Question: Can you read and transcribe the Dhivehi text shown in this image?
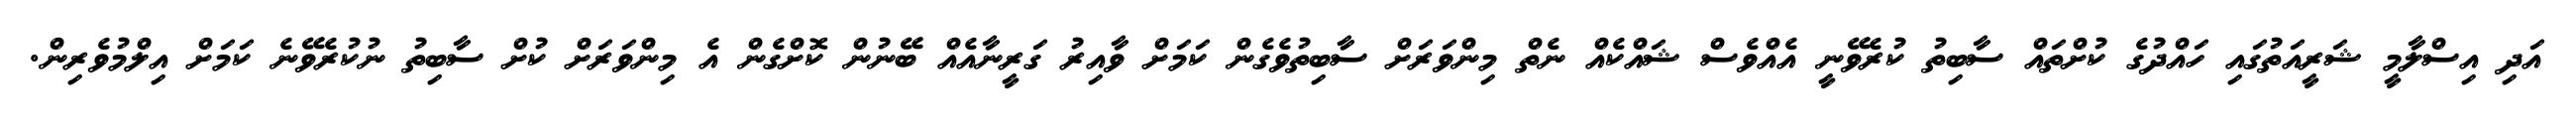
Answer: އަދި އިސްލާމީ ޝަރީއަތުގައި ހައްދުގެ ކުށްތައް ސާބިތު ކުރެވޭނީ އެއްވެސް ޝައްކެއް ނެތް މިންވަރަށް ސާބިތުވެގެން ކަމަށް ވާއިރު ގަރީނާއެއް ބޭނުން ކޮށްގެން އެ މިންވަރަށް ކުށް ސާބިތު ނުކުރެވޭނެ ކަމަށް އިލްމުވެރިން.